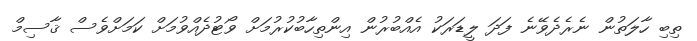
ތިބި ހާލަތުން ނެރެދެވޭނެ ފަދަ ލީޑަރަކު އެއްބުރުން އިންތިހާބުކުރުމަށް ވޯޓުދެއްވުމަށް ކަމަށްވެސް ޤާސިމް